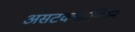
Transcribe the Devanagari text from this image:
असटक्सान्थिन